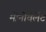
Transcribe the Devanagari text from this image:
मोनोवैलेंट